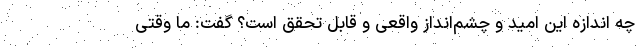
چه اندازه این امید و چشم‌انداز واقعی و قابل تحقق است؟ گفت: ما وقتی